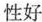
性好